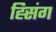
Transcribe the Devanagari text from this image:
ह्सिंग